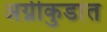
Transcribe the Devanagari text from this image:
अग्नीकुडांत